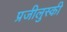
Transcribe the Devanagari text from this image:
प्रजीलुस्की